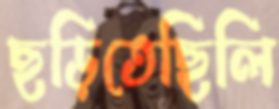
ছড়িতেছিলি